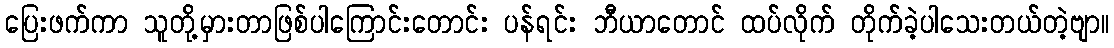
ပြေးဖက်ကာ သူတို့မှားတာဖြစ်ပါကြောင်းတောင်း ပန်ရင်း ဘီယာတောင် ထပ်လိုက် တိုက်ခဲ့ပါသေးတယ်တဲ့ဗျာ။